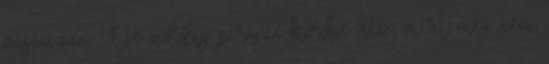
végezzen. De addig persze körbe néz, mert még nem